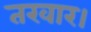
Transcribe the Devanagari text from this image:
तरवार।